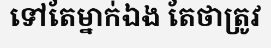
ទៅតែម្នាក់ឯង តែថាត្រូវ